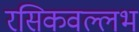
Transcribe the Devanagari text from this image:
रसिकवल्लभ